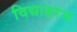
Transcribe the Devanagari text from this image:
विद्याहरन